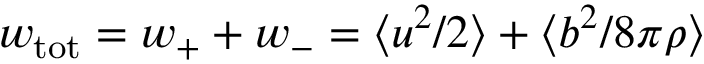
w _ { \mathrm { t o t } } = w _ { + } + w _ { - } = \langle u ^ { 2 } / 2 \rangle + \langle b ^ { 2 } / 8 \pi \rho \rangle